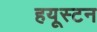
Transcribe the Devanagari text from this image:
हयूस्टन